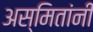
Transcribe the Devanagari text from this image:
अस्मितांनी